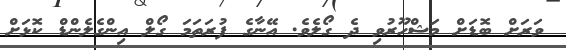
ވަރަށް ބޮޑަށް މަޝްހޫރުވި ދެ ގޯލެވެ. އޭނާގެ ފުރަތަމަ ގޯލް އިންގެލެންޑް ކޮޅަށް